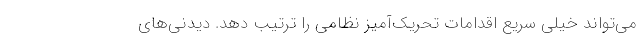
می‌تواند خیلی سریع اقدامات تحریک‌آمیز نظامی را ترتیب دهد. دیدنی‌های